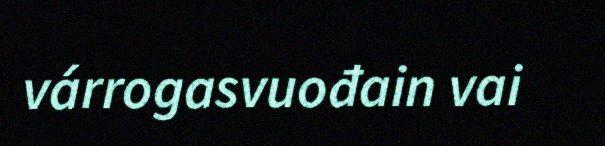
várrogasvuođain vai